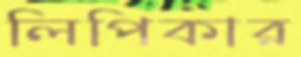
লিপিকার